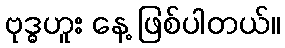
ဗုဒ္ဓဟူး နေ့ ဖြစ်ပါတယ်။